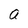
Character: a